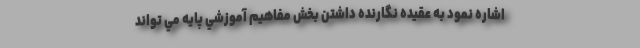
اشاره نمود به عقيده نگارنده داشتن بخش مفاهيم آموزشي پايه مي تواند